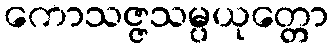
ကောသဇ္ဇသမ္ပယုတ္တော